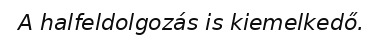
A halfeldolgozás is kiemelkedő.